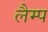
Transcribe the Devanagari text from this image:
लैम्‍प